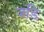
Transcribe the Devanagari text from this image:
जड़ि